Indian journal of veterinary science and animal husbandry - Volume 4,
Year: 1934
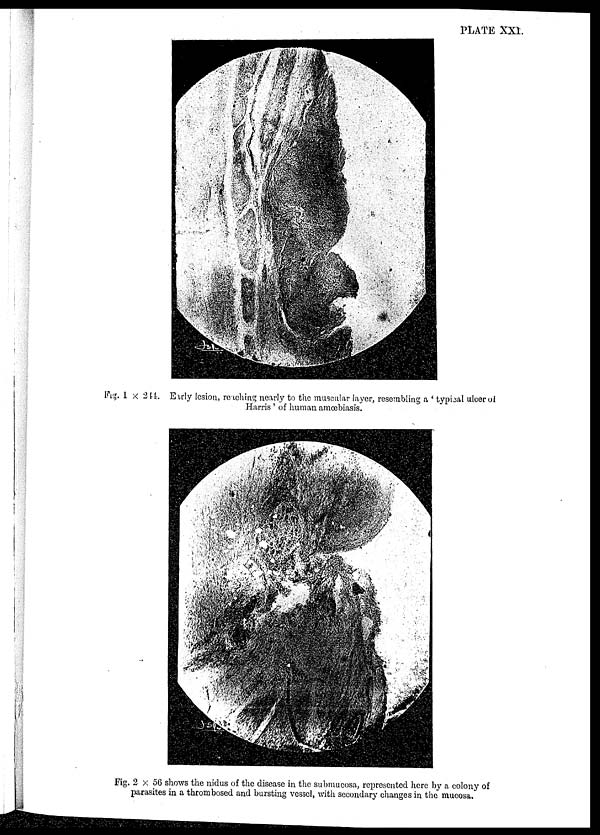
PLATE XXI.
Fig. 1 × 244. Eirly lesion, reaching nearly to the muscular layer, resembling a ' typical ulcer of
Harris ' of human amœbiasis.
Fig. 2 × 56 shows the nidus of the disease in the submucosa, represented here by a colony of
parasites in a thrombosed and bursting vessel, with secondary changes in the mucosa.